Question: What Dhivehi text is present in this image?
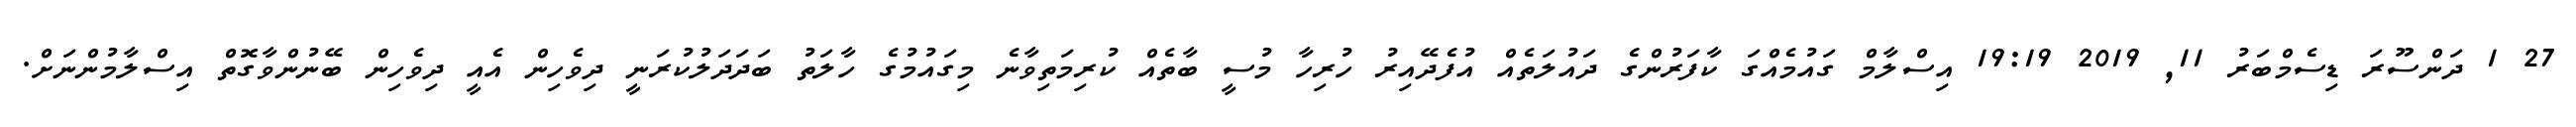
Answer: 27 1 ދަންސޫރަ ޑިސެމްބަރު 11, 2019 19:19 އިސްލާމް ގައުމެއްގަ ކާފަރުންގެ ދައުލަތެއް އުފެދޭއިރު ހުރިހާ މުސީ ބާތެއް ކުރިމަތިވާނެ މިގައުމުގެ ހާލަތު ބަދަދަލުކުރަނީ ދިވެހިން އެއީ ދިވެހިން ބޭނުންވާގޮތް އިސްލާމުންނަށް.